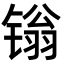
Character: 𬭩